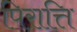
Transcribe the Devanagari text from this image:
पिरात्ति